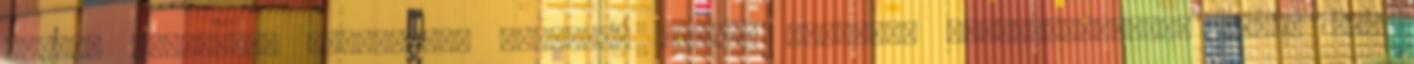
kaphat szociális segítséget ,amelyet minden hónapban felülvizsgálnak ,hogy jár